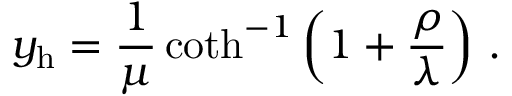
y _ { \mathrm { h } } = { \frac { 1 } { \mu } } \coth ^ { - 1 } \left( 1 + { \frac { \rho } { \lambda } } \right) \, .